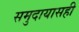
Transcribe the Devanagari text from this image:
समुदायासही